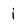
Character: i